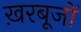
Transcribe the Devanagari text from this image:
ख़रबूजों